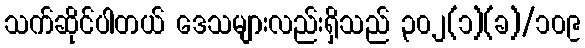
သက်ဆိုင်ပါတယ် ဒေသများလည်းရှိသည် ၃၀၂(၁)(ခ)/၁၀၉